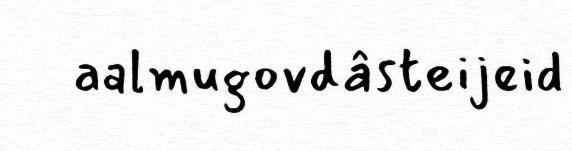
aalmugovdâsteijeid